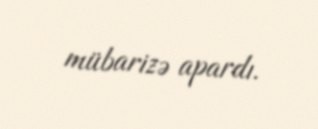
mübarizə apardı.